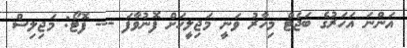
އަންނަ އަހަރުގެ ބަޖެޓް މިހާރު ވަނީ މަޖިލީހަށް ފޮނުވާފަ --- ފޮޓޯ: މަޖިލިސް